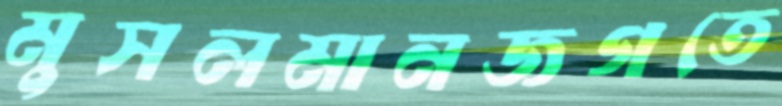
মুসলমানজগতে